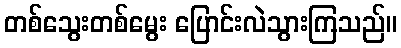
တစ်သွေးတစ်မွေး ပြောင်းလဲသွားကြသည်။